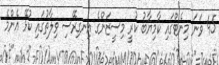
45 ވަނަ މިނެޓްގައި ކާމިޔާބު ކުރީ މިސީޒަންގެ އިނގިރޭސި ވިލާތުގައި ކުޅޭ އެންމެ